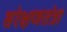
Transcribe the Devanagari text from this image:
संरक्षणतंत्रा